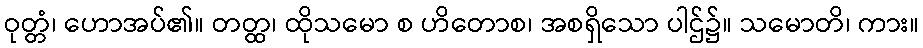
ဝုတ္တံ၊ ဟောအပ်၏။ တတ္ထ၊ ထိုသမော စ ဟိတောစ၊ အစရှိသော ပါဌ်၌။ သမောတိ၊ ကား။